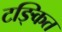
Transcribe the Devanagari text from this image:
टङ्कित